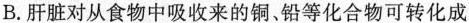
B.肝脏对从食物中吸收来的铜。铅等化合物可转化成